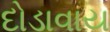
દોડાવાય